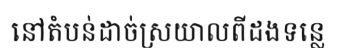
នៅតំបន់ដាច់ស្រយាលពីដងទន្លេ